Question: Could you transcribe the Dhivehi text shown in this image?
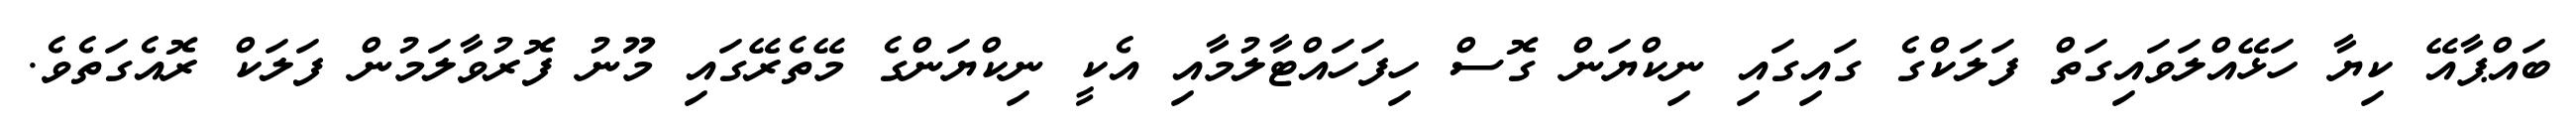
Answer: ބައްޕާއޭ ކިޔާ ހަޅޭއްލަވައިގަތް ފަލަކްގެ ގައިގައި ނިކްޔަން ގޮސް ހިފަހައްޓާލުމާއި އެކީ ނިކްޔަންގެ މޭތެރޭގައި މޫނު ފޮރުވާލަމުން ފަލަކް ރޮއެގަތެވެ.